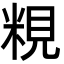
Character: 粯